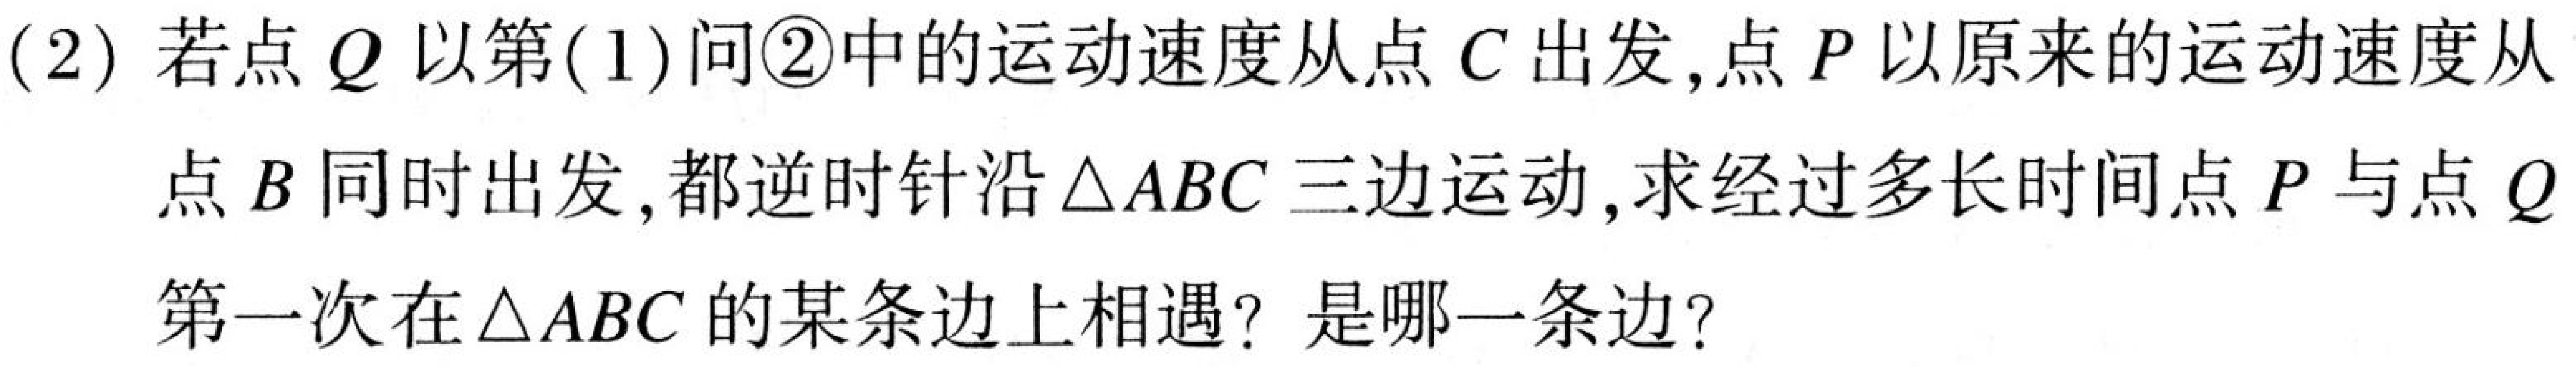
(2) 若点$Q$以第(1)问\textcircled{2}中的运动速度从点$C$出发,点$P$以原来的运动速度从
点$B$同时出发,都逆时针沿$\triangle ABC$三边运动,求经过多长时间点$P$与点$Q$
第一次在$\triangle ABC$的某条边上相遇? 是哪一条边?